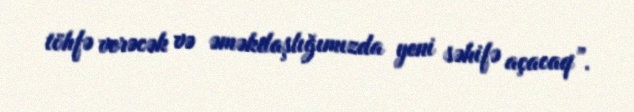
töhfə verəcək və əməkdaşlığımızda yeni səhifə açacaq”.